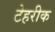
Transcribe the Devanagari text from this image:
टेहरीक